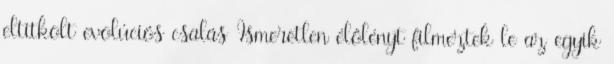
eltitkolt evolúciós csalás Ismeretlen élőlényt filmeztek le az egyik